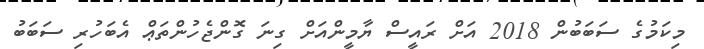
މިކަމުގެ ސަބަބުން 2018 އަށް ރައީސް ޔާމީންއަށް ގިނަ ގޮންޖެހުންތަޢް އެބަހުރި ސަބަބު